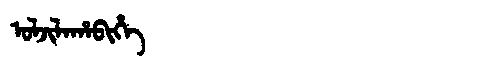
Manchu: ᠣᠯᠵᡳᠯᠠᡥᠠᠪᡳᡥᡝ
Romanization: OLJILAHABIHE